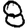
Digit: 8